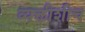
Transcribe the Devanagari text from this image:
व्यक्तीशीच